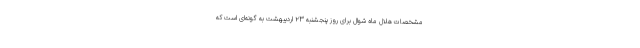
مشخصات هلال ماه شوال برای روز پنجشنبه ۲۳ اردیبهشت به گونه‌ای است که